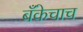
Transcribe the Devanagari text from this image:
बँकेचाच